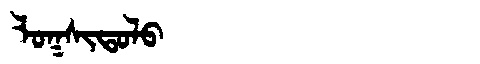
Manchu: ᠯᠣᡴᠰᡳᡨᠣᠯᠣ
Romanization: LOKSITOLO